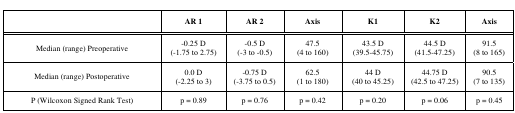
<table><thead><tr><td></td><td><b>AR 1</b></td><td><b>AR 2</b></td><td><b>Axis</b></td><td><b>K1</b></td><td><b>K2</b></td><td><b>Axis</b></td></tr></thead><tbody><tr><td>Median (range) Preoperative</td><td>-0.25 D (-1.75 to 2.75)</td><td>-0.5 D (-3 to -0.5)</td><td>47.5 (4 to 160) </td><td>43.5 D (39.5-45.75)</td><td>44.5 D (41.5-47.25)</td><td>91.5 (8 to 165)</td></tr><tr><td>Median (range) Postoperative </td><td>0.0 D (-2.25 to 3)</td><td>-0.75 D (-3.75 to 0.5)</td><td>62.5 (1 to 180)</td><td>44 D (40 to 45.25) </td><td>44.75 D (42.5 to 47.25)</td><td>90.5 (7 to 135) </td></tr><tr><td>P (Wilcoxon Signed Rank Test)</td><td>p = 0.89</td><td>p = 0.76</td><td>p = 0.42</td><td>p = 0.20</td><td>p = 0.06</td><td>p = 0.45</td></tr></tbody></table>